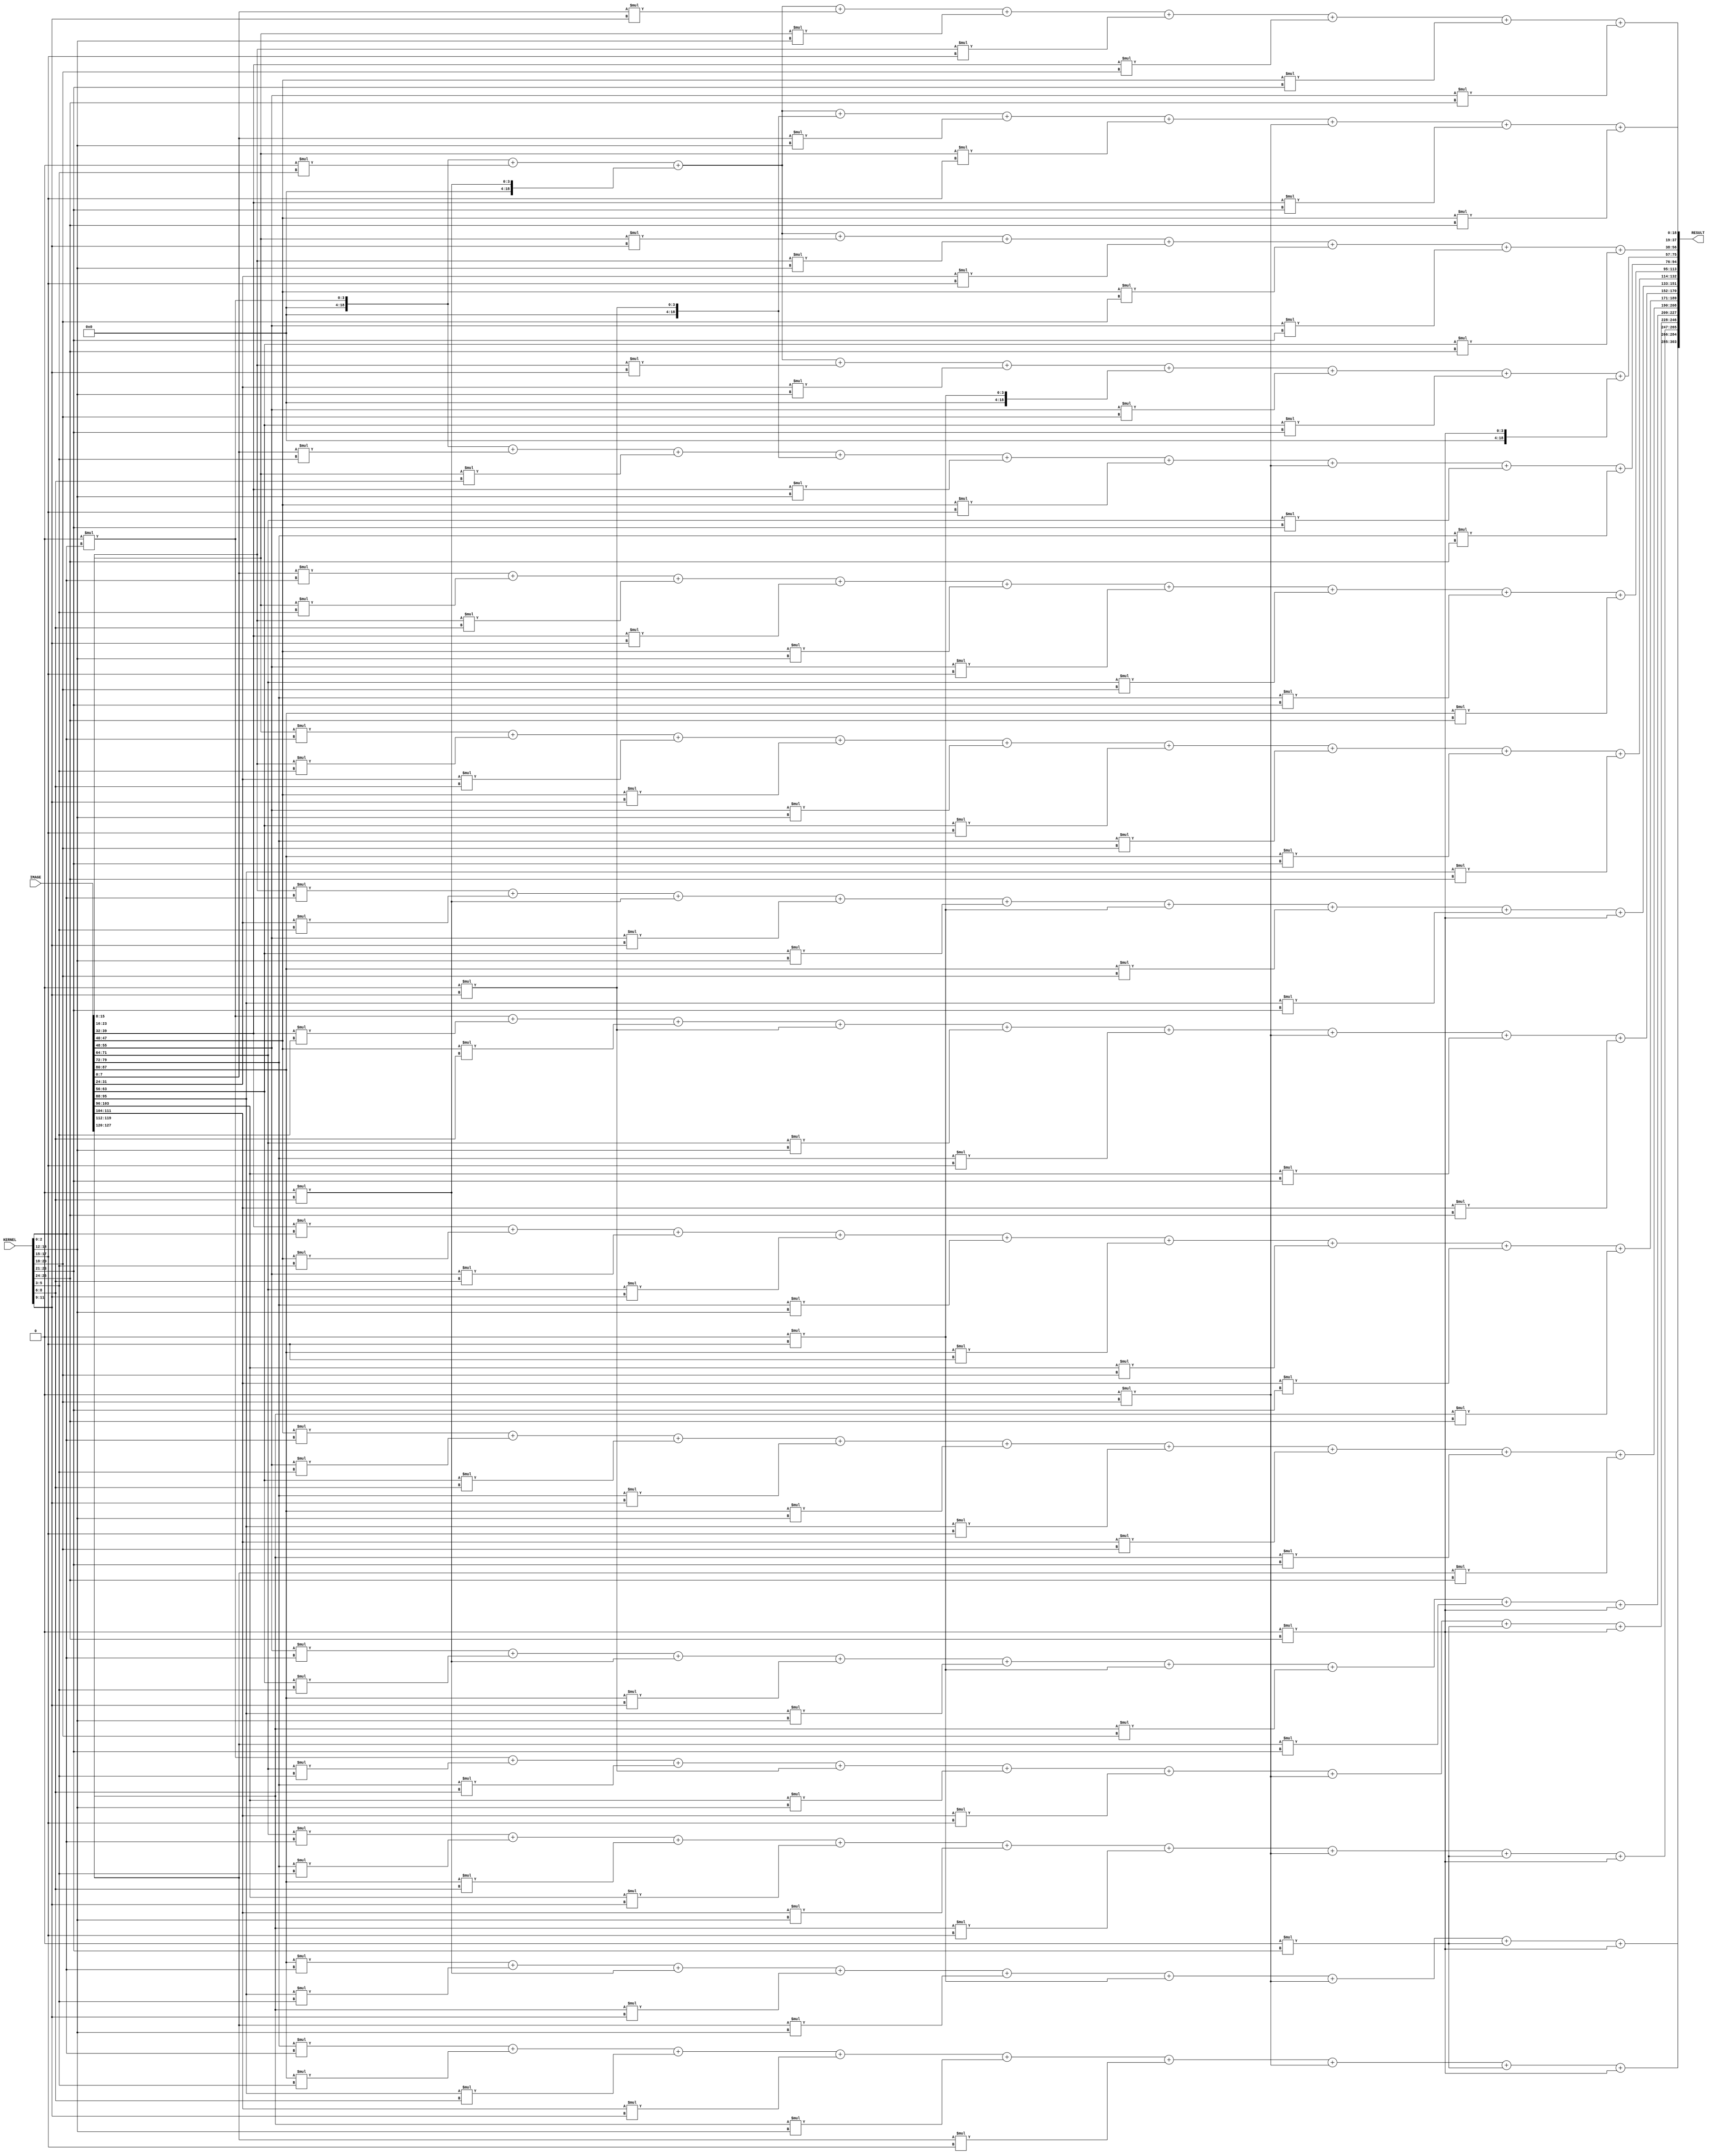
module CONV2D
#( parameter M = 4,  N = 3,  WIDTH1 = 8,  WIDTH2 = 3)
(
    input [(M*M*WIDTH1)-1:0] IMAGE,
    input [(N*N*WIDTH2)-1:0] KERNEL,

    output reg [M*M*(WIDTH1+WIDTH2+N*N-1)-1:0] RESULT
);
parameter ZP = (N-1)/2;
parameter M_1 = M + N-1;
integer k,h;
genvar ii,jj;

wire [M_1*M_1*WIDTH1-1:0] img;
//reg [M*M*(WIDTH1+WIDTH2+N*N-1)-1:0] out;

generate
    for(ii=0;ii<M_1;ii=ii+1) begin : loop_1
        for(jj=0;jj<M_1;jj=jj+1) begin : loop_2
            if((ii>=ZP) && (ii<(M+ZP)) && (jj>=ZP) && (jj<(M+ZP)) )
                assign img[(ii*M_1+jj)*WIDTH1+:WIDTH1] = IMAGE[((ii-ZP)*M+(jj-ZP))*WIDTH1+:WIDTH1];
            else
                assign img[(ii*M_1+jj)*WIDTH1+:WIDTH1] = 0;
        end
    end
endgenerate

generate
    for(ii=0;ii<M;ii=ii+1) begin : loop_44
        for(jj=0;jj<M;jj=jj+1) begin : loop_55
            always @ ( img or KERNEL ) begin
                for(k=0;k<N;k=k+1) begin
                    for(h=0;h<N;h=h+1) begin
                        if((k==0) &&(h==0))
                            RESULT[(WIDTH1+WIDTH2+N*N-1)*(ii*M+jj)+:WIDTH1+WIDTH2+N*N-1] = img[WIDTH1*((ii+k)*M_1+jj+h)+:WIDTH1] * KERNEL[WIDTH2*(k*N+h)+:WIDTH2] ;
                        else
                            RESULT[(WIDTH1+WIDTH2+N*N-1)*(ii*M+jj)+:WIDTH1+WIDTH2+N*N-1] = RESULT[(WIDTH1+WIDTH2+N*N-1)*(ii*M+jj)+:WIDTH1+WIDTH2+N*N-1] + img[WIDTH1*((ii+k)*M_1+jj+h)+:WIDTH1] * KERNEL[WIDTH2*(k*N+h)+:WIDTH2];
                    end
                end
            end
        end
    end
endgenerate

endmodule